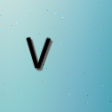
٧